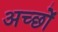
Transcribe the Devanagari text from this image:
अच्छों